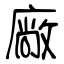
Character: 廠